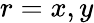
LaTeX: r=x,y